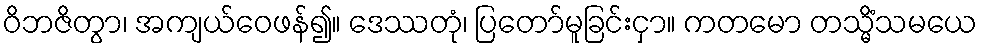
ဝိဘဇိတွာ၊ အကျယ်ဝေဖန်၍။ ဒေဿတုံ၊ ပြတော်မူခြင်းငှာ။ ကတမော တသ္မိံသမယေ